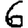
Digit: 6